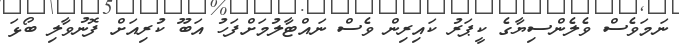
ނަމަވެސް ވެލެންސިޔާގެ ކީޕަރު ކައިރިން ވެސް ނައްޓާލުމަށްފަހު އަބޫ ކުރިއަށް ފޮނުވާލި ބޯޅަ